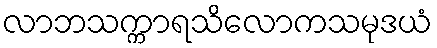
လာဘသက္ကာရသိလောကသမုဒယံ